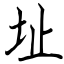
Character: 址